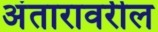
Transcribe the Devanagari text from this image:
अंतारावरील